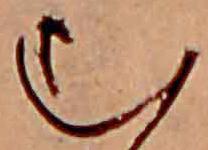
む